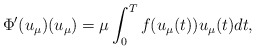
\begin{align*} \Phi^{\prime }(u_{\mu})(u_{\mu})=\mu\int_0^{T} f(u_{\mu}(t))u_{\mu}(t)dt,\end{align*}